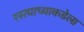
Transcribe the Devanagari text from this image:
रस्त्याच्याकडेला